Scottish Certificate of Education, 1963
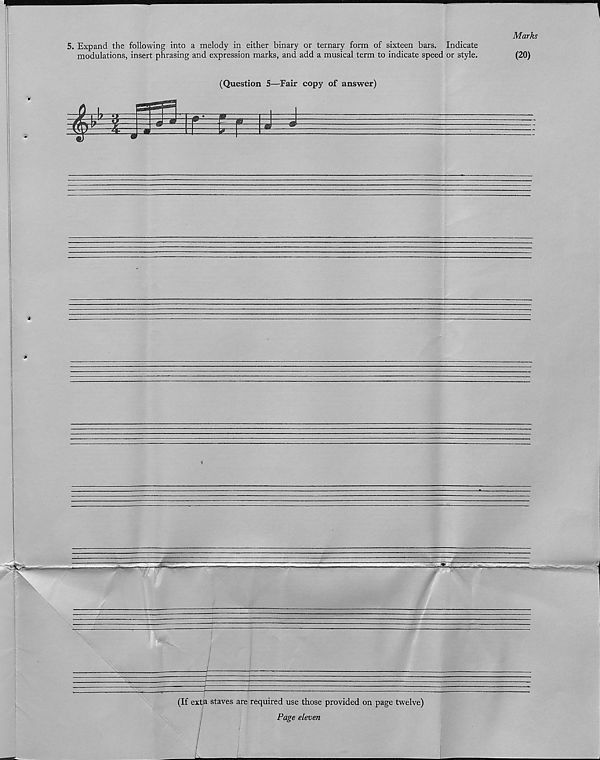
5. Expand the following into a melody in either binary or ternary form of sixteen bars. Indicate
modulations, insert phrasing and expression marks, and add a musical term to indicate speed or style.
Marks
(20)
—
(If exta staves are required use those provided on page twelve)
Page eleven
£
f